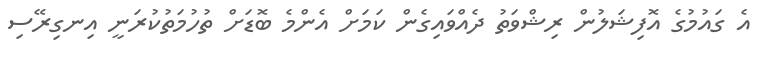
އެ ގައުމުގެ އޮފިޝަލުން ރިޝްވަތު ދެއްވައިގެން ކަމަށް އެންމެ ބޮޑަށް ތުހުމަތުކުރަނީ އިނގިރޭސި